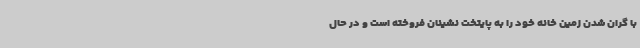
با گران شدن زمین خانه خود را به پایتخت نشینان فروخته است و در حال